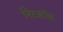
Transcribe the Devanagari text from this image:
निटकॉक